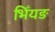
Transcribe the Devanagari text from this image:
भिँयङ